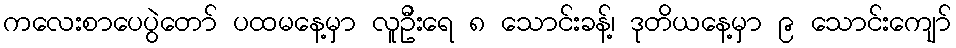
ကလေးစာပေပွဲတော် ပထမနေ့မှာ လူဦးရေ ၈ သောင်းခန့်၊ ဒုတိယနေ့မှာ ၉ သောင်းကျော်